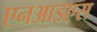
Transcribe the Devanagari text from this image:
एनआइएस